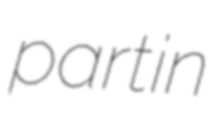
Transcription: part in